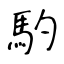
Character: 馰